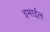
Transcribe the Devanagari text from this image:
इमाईल